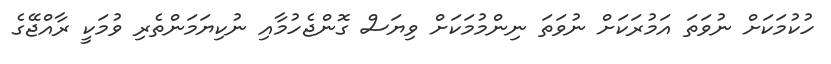
ހުކުމަކަށް ނުވަތަ އަމުރަކަށް ނުވަތަ ނިންމުމަކަށް ވިޔަސް ގޮންޖެހުމާއި ނުކިޔަމަންތެރި ވުމަކީ ރާއްޖޭގެ